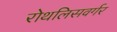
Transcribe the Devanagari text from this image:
रोथलिसवर्गर